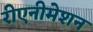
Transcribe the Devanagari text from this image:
रीएनीमेशन